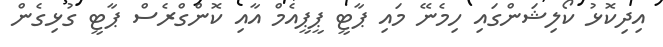
އިދިކޮޅު ކޯލިޝަންގައި ހިމެނޭ މައި ޕާޓީ ޕީޕީއެމް އާއި ކޮންގްރެސް ޕާޓީ ގުޅިގެން